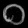
Digit: ၀